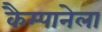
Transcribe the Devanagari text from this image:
कैम्पानेला